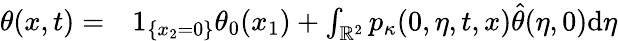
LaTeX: \begin{array}{rl}{\theta(x,t)=}&{{}1_{\{ x_{2}=0\} }\theta_{0}(x_{1})+\int_{\mathbb{R}^{2}}p_{\kappa}(0,\eta,t,x)\hat{\theta}(\eta,0)\mathrm{d}\eta}\end{array}